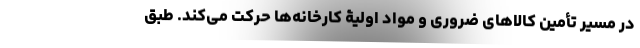
در مسیر تأمین کالاهای ضروری و مواد اولیۀ کارخانه‌ها حرکت می‌کند. طبق